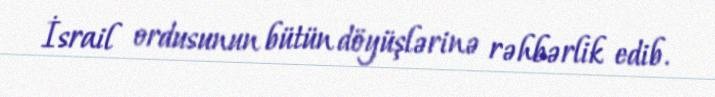
İsrail ordusunun bütün döyüşlərinə rəhbərlik edib.